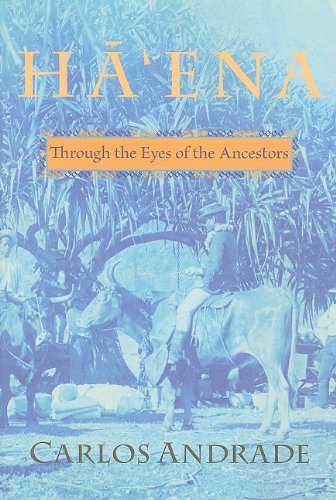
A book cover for Ha'ena: Through the Eyes of the Ancestors; Carlos Andrade; History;